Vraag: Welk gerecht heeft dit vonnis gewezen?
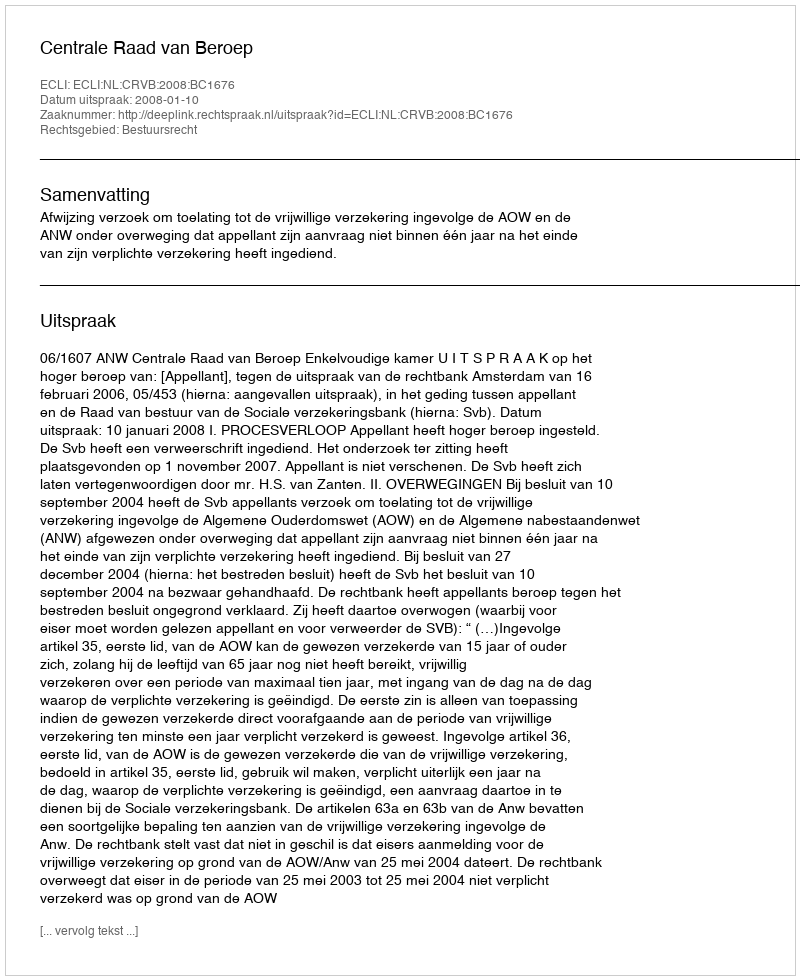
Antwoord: Centrale Raad van Beroep